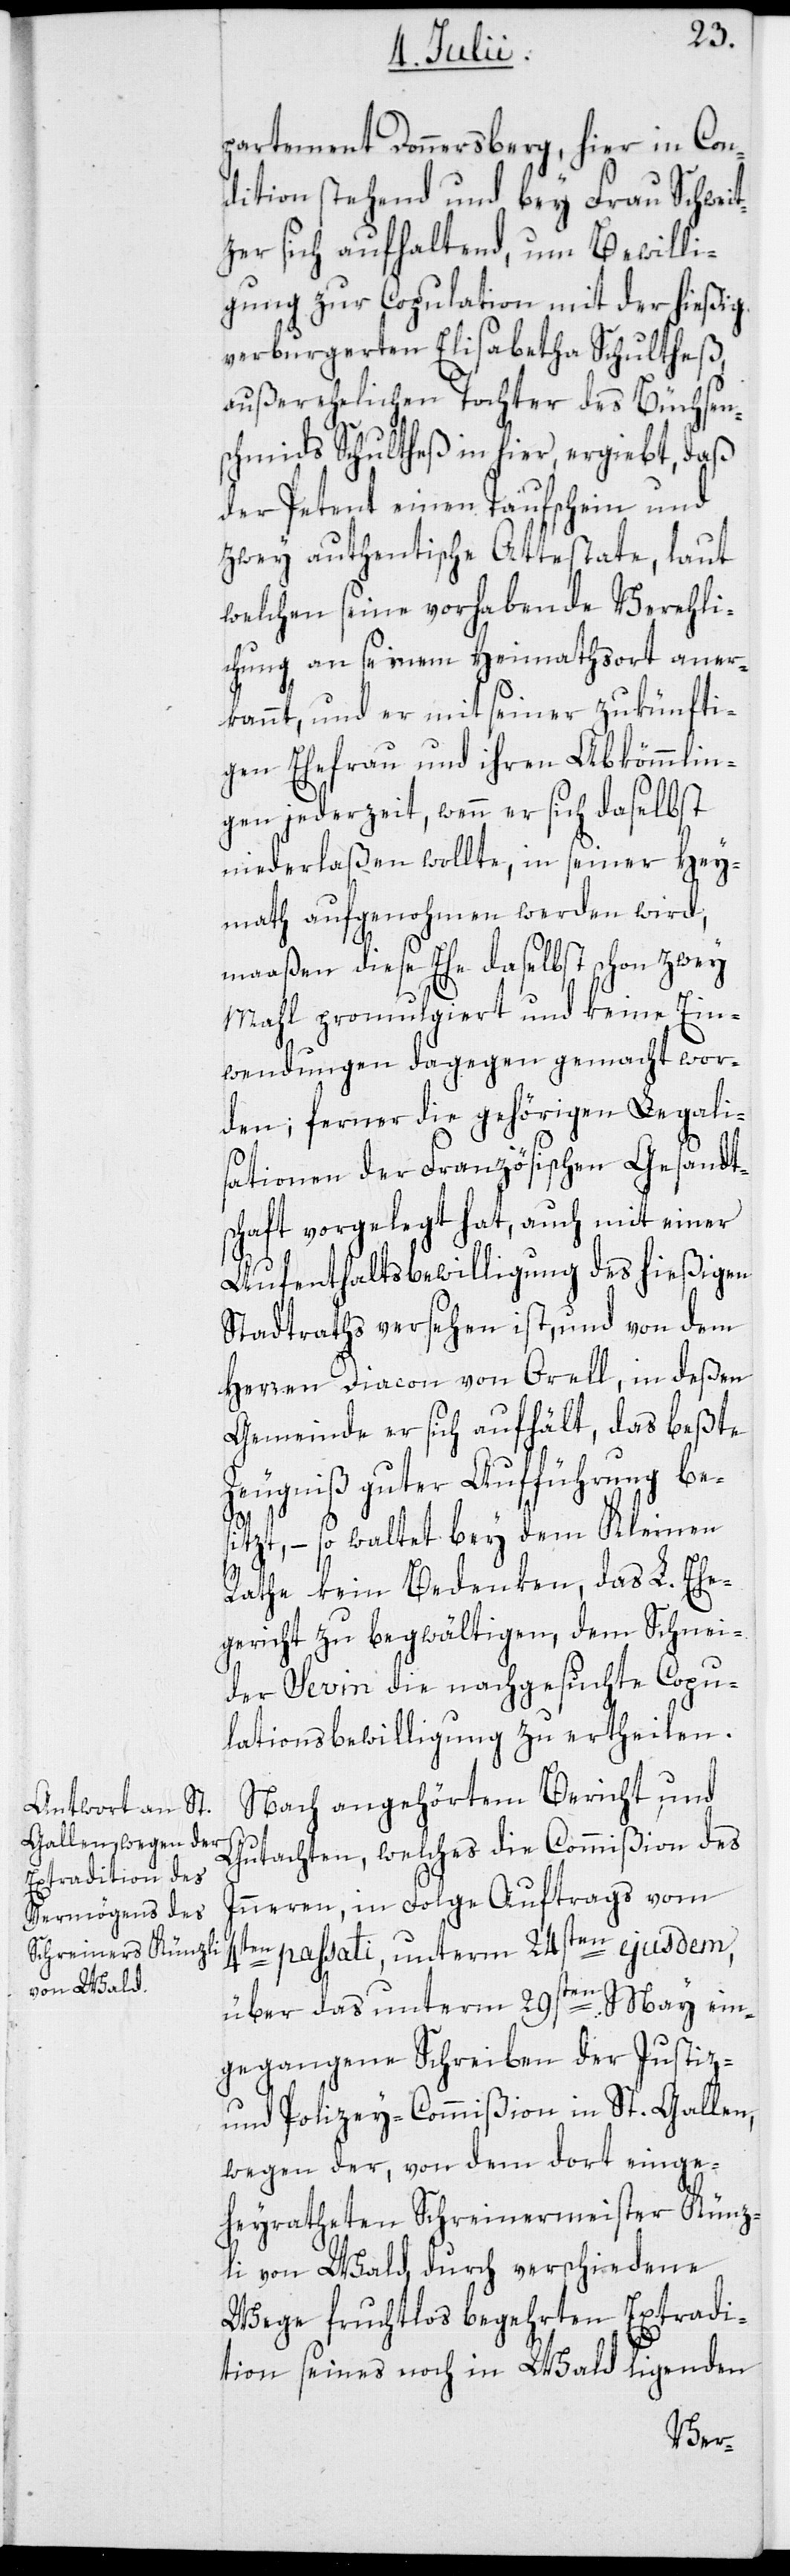
partement Donnersberg, hier in Con¬
dition stehend und bey Frau Schweit¬
zer sich aufhaltend, um Bewilli¬
gung zur Copulation mit der hießig
verburgerten Elisabetha Schultheß,
außerehelichen Tochter des Büchsen¬
schmids Schultheß in hier, ergiebt, daß
der Petent einen Taufschein und
zwey authentische Attestate, laut
welchen seine vorhabende Vereheli¬
chung an seinem Heimathsort aner¬
kannt, und er mit seiner zukünfti¬
gen Ehefrau und ihren Abkömmlin¬
gen jederzeit, wenn er sich daselbst
niederlaßen wollte, in seiner Hey¬
math aufgenohmen werden wird,
maaßen diese Ehe daselbst schon zwey
Mahl promulgiert und keine Ein¬
wendungen dagegen gemacht wor¬
den; ferner die gehörigen Legali¬
sationen der Französischen Gesandt¬
schaft vorgelegt hat, auch mit einer
Aufenthaltsbewilligung des hießigen
Stadtraths versehen ist, und von dem
Herren Diacon von Orell, in deßen
Gemeinde er sich aufhält, das beßte
Zeugniß guter Aufführung be¬
s¬
itzt, – so waltet bey dem Kleinen
Rathe kein Bedenken, das L. Ehe¬
gericht zu begwältigen, dem Schnei¬
der Sevin die nachgesuchte Copu¬
lationsbewilligung zu ertheilen.
Nach angehörtem Bericht und
Gutachten, welches die Commißion des
Inneren, in Folge Auftrags vom
4ten passati, unterm 24sten ejusdem,
über das unterm 29sten May ein¬
gegangene Schreiben der Justiz-
und Polizey-Commißion in St. Gallen,
wegen der, von dem dort einge¬
heyratheten Schreinermeister Künz¬
li von Wald, durch verschiedene
Wege fruchtlos begehrten Extradi¬
tion seines noch in Wald ligenden